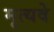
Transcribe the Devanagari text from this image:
मृत्यवे